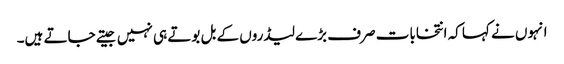
انہوں نے کہا کہ انتخابات صرف بڑے لیڈروں کے بل بوتے ہی نہیں جیتے جاتے ہیں۔